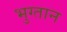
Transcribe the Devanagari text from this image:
भुग्तान